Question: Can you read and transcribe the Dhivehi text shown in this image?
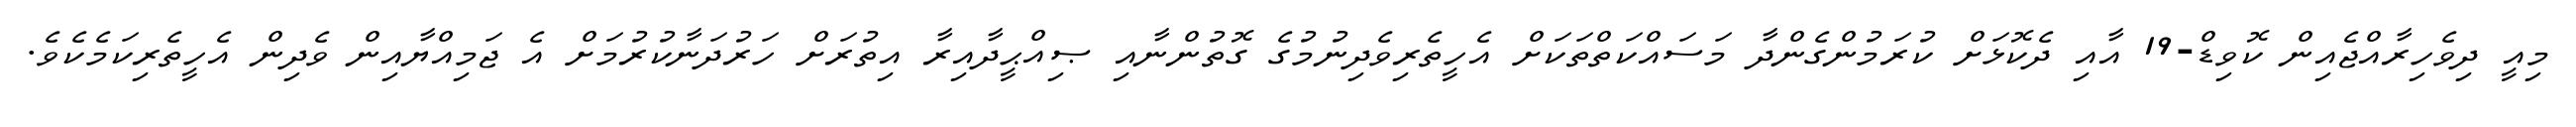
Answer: މިއީ ދިވެހިރާއްޖެއިން ކޮވިޑް-19 އާއި ދެކޮޅަށް ކުރަމުންގެންދާ މަސައްކަތްތަކަށް އެހީތެރިވެދިނުމުގެ ގޮތުންނާއި ޞިއްޙީދާއިރާ އިތުރަށް ހަރުދަނާކުރުމަށް އެ ޖަމިއްޔާއިން ވެދިން އެހީތެރިކަމެކެވެ.